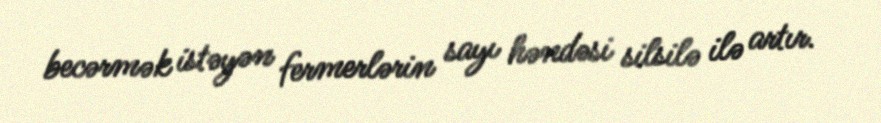
becərmək istəyən fermerlərin sayı həndəsi silsilə ilə artır.